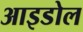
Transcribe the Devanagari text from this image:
आइडोल